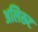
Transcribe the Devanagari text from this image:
अलिरूट